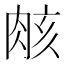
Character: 𮌑